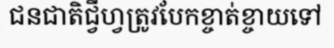
ជនជាតិជ្វីហ្វត្រូវបែកខ្ចាត់ខ្ចាយទៅ